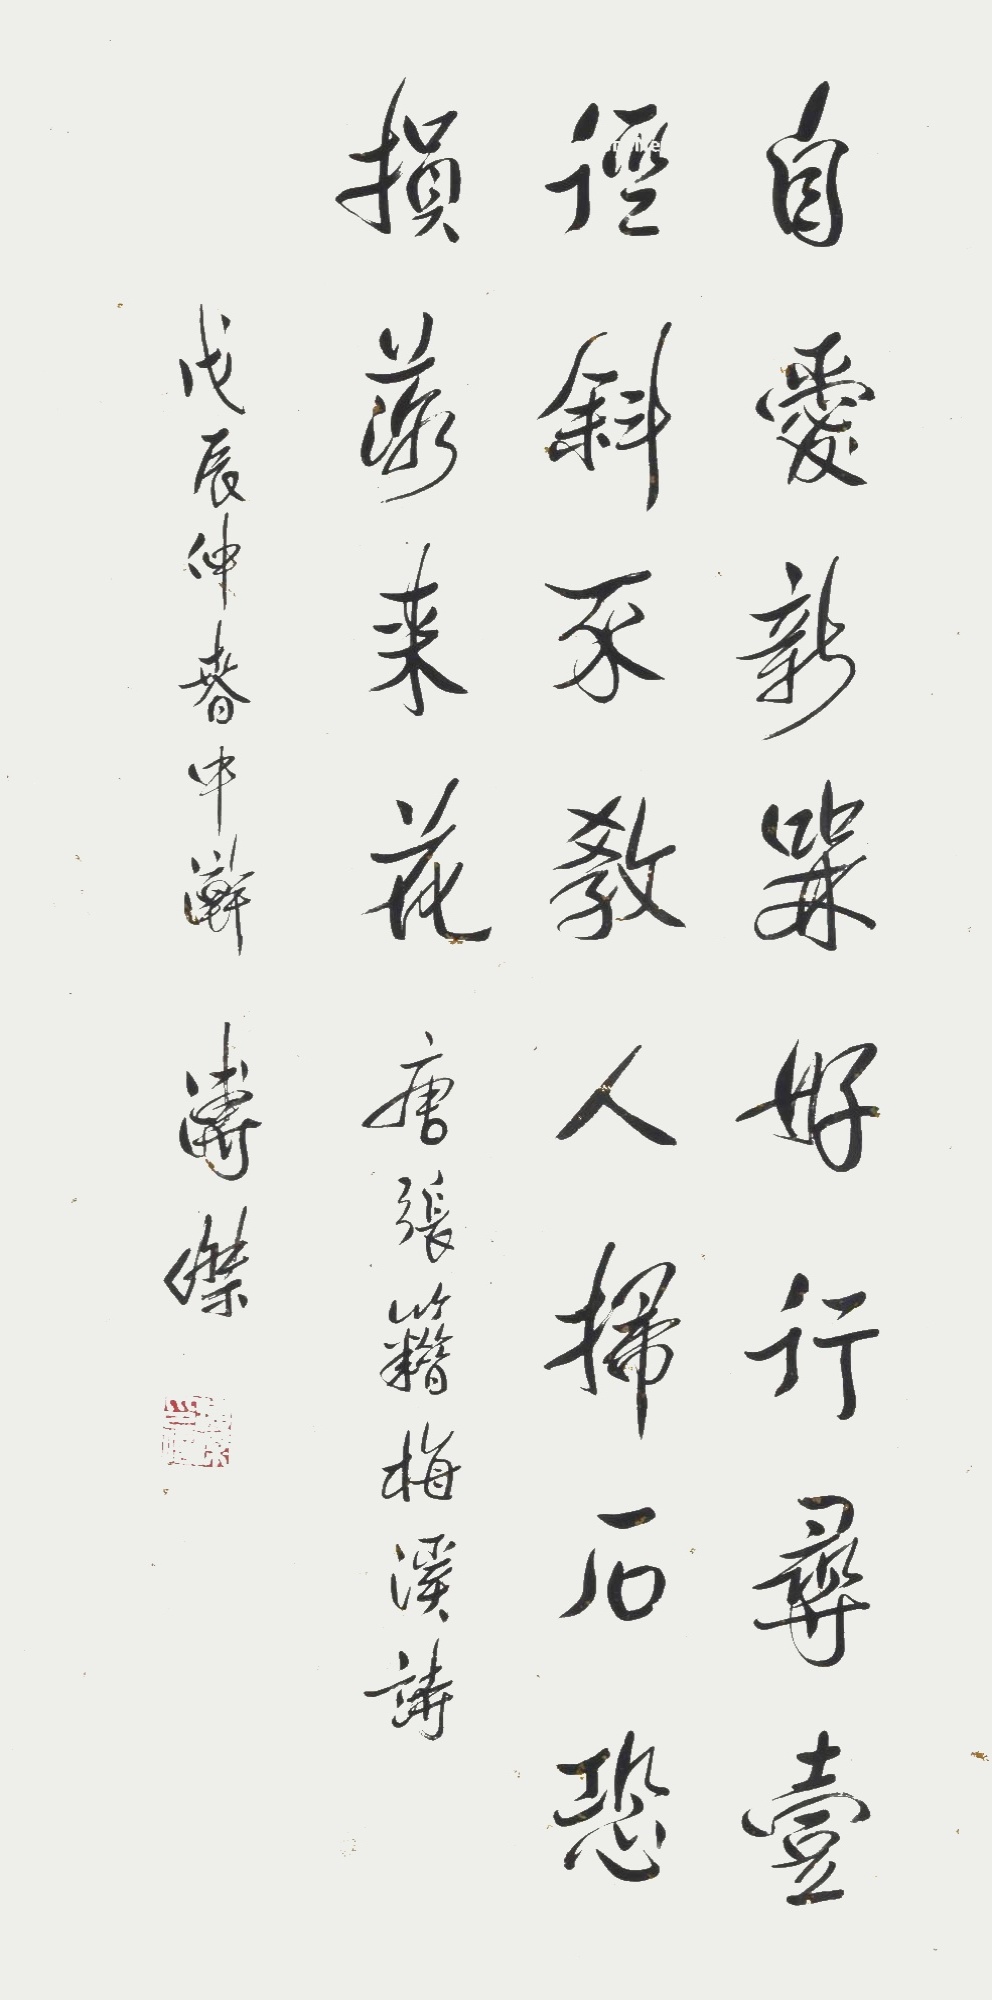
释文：自爱新梅好，行寻壹径斜。不教人扫石，恐损落来花。唐张籍梅溪诗。戊辰（1988年）仲春中澣。溥杰。